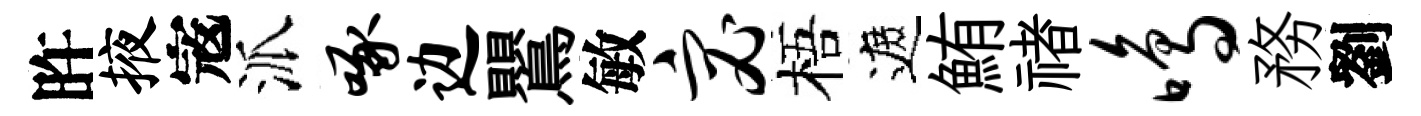
旿掖𡨥派啄边鸎敏宓梧遮鮪禇鸣務劉